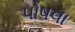
પોષવા